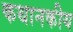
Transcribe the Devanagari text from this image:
कथानकीय